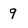
Character: 9